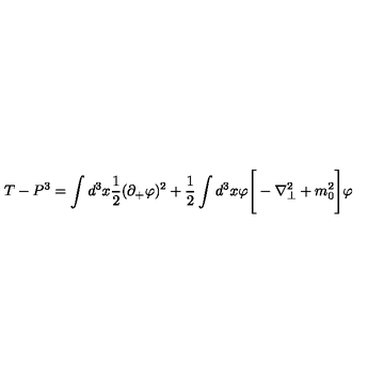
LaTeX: T - P ^ { 3 } = \int d ^ { 3 } x { \frac { 1 } { 2 } } ( \partial _ { + } \varphi ) ^ { 2 } + { \frac { 1 } { 2 } } \int d ^ { 3 } x \varphi \Bigg [ - \nabla _ { \perp } ^ { 2 } + m _ { 0 } ^ { 2 } \Bigg ] \varphi